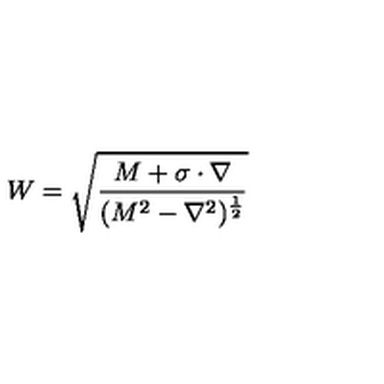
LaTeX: W = \sqrt { \frac { M + \mathrm { \boldmath \sigma } \cdot \mathrm { \boldmath \nabla } } { ( M ^ { 2 } - \nabla ^ { 2 } ) ^ { \frac { 1 } { 2 } } } }